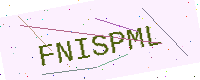
Text: FNISPML